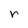
Character: r